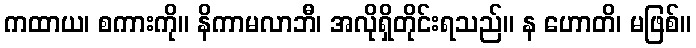
ကထာယ၊ စကားကို။ နိကာမလာဘီ၊ အလိုရှိတိုင်းရသည်။ န ဟောတိ၊ မဖြစ်။